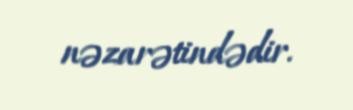
nəzarətindədir.